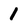
Character: 1